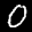
Label: 0